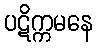
ပဋိက္ကမနေ